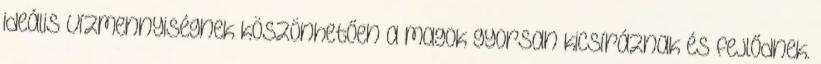
ideális vízmennyiségnek köszönhetően a magok gyorsan kicsíráznak és fejlődnek.